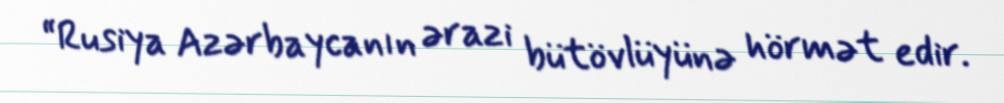
“Rusiya Azərbaycanın ərazi bütövlüyünə hörmət edir.